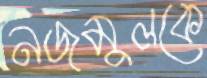
নজমুলকে